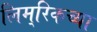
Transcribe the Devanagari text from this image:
लिम्‌रिकच्या